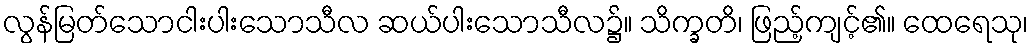
လွန်မြတ်သောငါးပါးသောသီလ ဆယ်ပါးသောသီလ၌။ သိက္ခတိ၊ ဖြည့်ကျင့်၏။ ထေရေသု၊